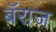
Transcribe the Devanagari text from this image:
बॅराज